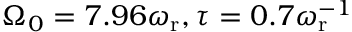
\Omega _ { 0 } = 7 . 9 6 \omega _ { \mathrm { r } } , \tau = 0 . 7 \omega _ { \mathrm { r } } ^ { - 1 }